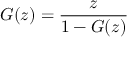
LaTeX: G ( z ) = { \frac { z } { 1 - G ( z ) } }